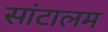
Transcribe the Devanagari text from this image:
सांटालम